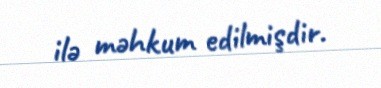
ilə məhkum edilmişdir.